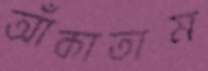
আঁকাতাম